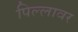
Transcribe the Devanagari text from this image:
पिल्लावर